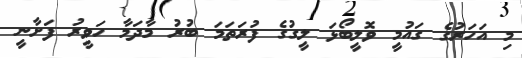
މި އަހަރުގެ ގައުމީ ވޮލީބޯޅަ ލީގުގެ ފުރަތަމަ ބުރު މާދަމާ ހަވީރު ފަށާނީ